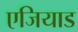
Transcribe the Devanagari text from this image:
एजियाड